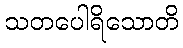
သတပေါရိသောတိ